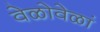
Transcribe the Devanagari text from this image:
वेळोवेळां